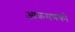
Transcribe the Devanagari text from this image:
आक्रमणको